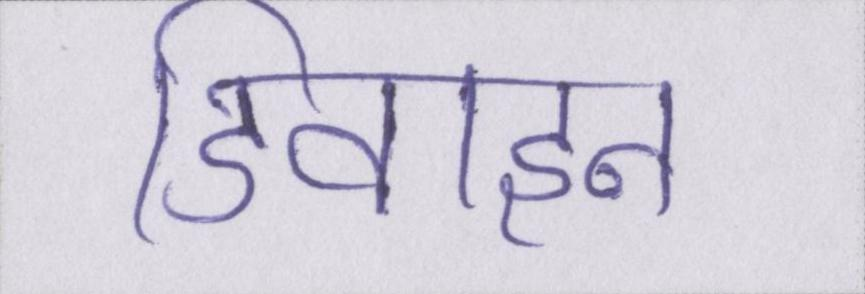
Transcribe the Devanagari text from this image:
डिवाइन